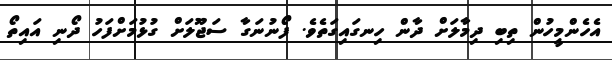
އެހެންމީހުން ތިބި ދިމާލަށް ދާން ހިނގައިގަތެވެ. ފޯނުނަގާ ސަޖޫލަށް ގުޅުމަށްފަހު ދޯނި އައިތޯ